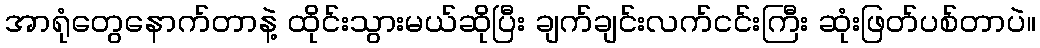
အာရုံတွေနောက်တာနဲ့ ထိုင်းသွားမယ်ဆိုပြီး ချက်ချင်းလက်ငင်းကြီး ဆုံးဖြတ်ပစ်တာပဲ။